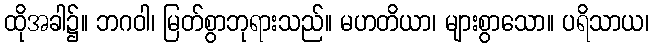
ထိုအခါ၌။ ဘဂဝါ၊ မြတ်စွာဘုရားသည်။ မဟတိယာ၊ များစွာသော။ ပရိသာယ၊